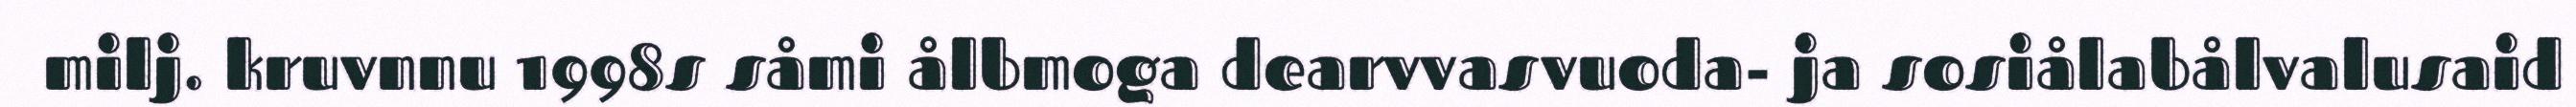
milj. kruvnnu 1998s såmi ålbmoga dearvvasvuoda- ja sosiålabålvalusaid